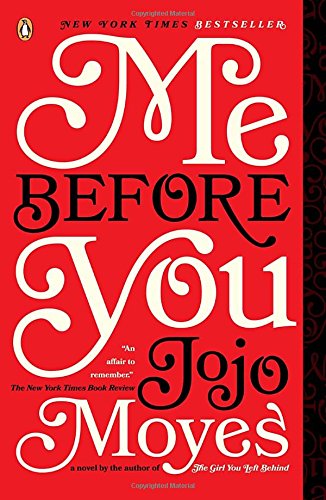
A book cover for Me Before You; Jojo Moyes; Romance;